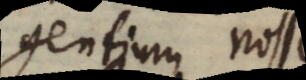
gentium nosse